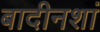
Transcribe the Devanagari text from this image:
बादीनशां